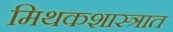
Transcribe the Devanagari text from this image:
मिथकशास्त्रात